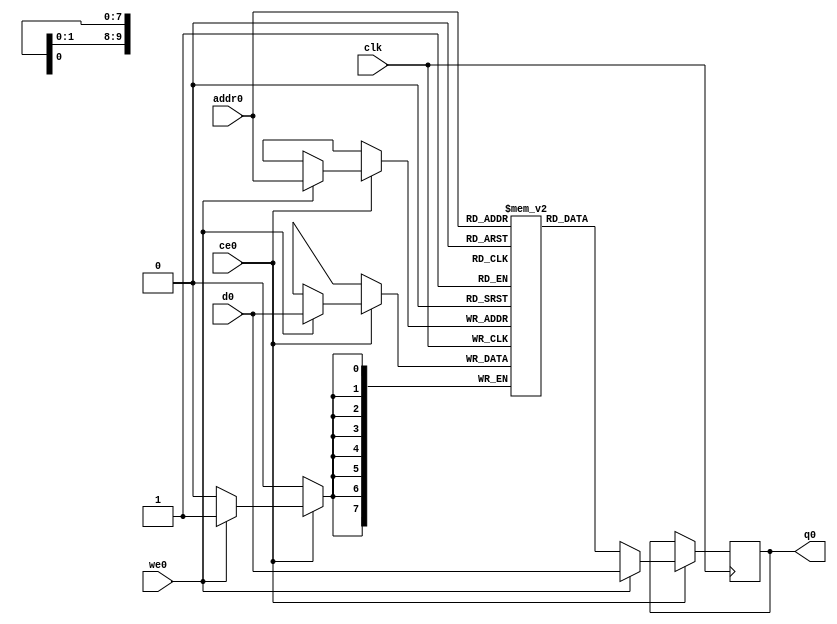
// ==============================================================
// File generated by Vivado(TM) HLS - High-Level Synthesis from C, C++ and SystemC
// Version: 2018.2
// Copyright (C) 1986-2018 Xilinx, Inc. All Rights Reserved.
// 
// ==============================================================

`timescale 1 ns / 1 ps
module matrix_multiply_telP_ram (addr0, ce0, d0, we0, q0,  clk);

parameter DWIDTH = 8;
parameter AWIDTH = 10;
parameter MEM_SIZE = 1024;

input[AWIDTH-1:0] addr0;
input ce0;
input[DWIDTH-1:0] d0;
input we0;
output reg[DWIDTH-1:0] q0;
input clk;

(* ram_style = "block" *)reg [DWIDTH-1:0] ram[0:MEM_SIZE-1];




always @(posedge clk)  
begin 
    if (ce0) 
    begin
        if (we0) 
        begin 
            ram[addr0] <= d0; 
            q0 <= d0;
        end 
        else 
            q0 <= ram[addr0];
    end
end


endmodule


`timescale 1 ns / 1 ps
module matrix_multiply_telP(
    reset,
    clk,
    address0,
    ce0,
    we0,
    d0,
    q0);

parameter DataWidth = 32'd8;
parameter AddressRange = 32'd1024;
parameter AddressWidth = 32'd10;
input reset;
input clk;
input[AddressWidth - 1:0] address0;
input ce0;
input we0;
input[DataWidth - 1:0] d0;
output[DataWidth - 1:0] q0;



matrix_multiply_telP_ram matrix_multiply_telP_ram_U(
    .clk( clk ),
    .addr0( address0 ),
    .ce0( ce0 ),
    .we0( we0 ),
    .d0( d0 ),
    .q0( q0 ));

endmodule